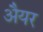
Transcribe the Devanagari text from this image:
अैयर